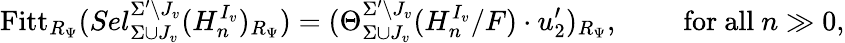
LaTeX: \mathrm{Fitt}_{R_{\Psi}}(Sel_{\Sigma\cup J_{v}}^{\Sigma^{\prime}\setminus J_{v}}(H_{n}^{I_{v}})_{R_{\Psi}})=(\Theta_{\Sigma\cup J_{v}}^{\Sigma^{\prime}\setminus J_{v}}(H_{n}^{I_{v}}/F)\cdot u_{2}^{\prime})_{R_{\Psi}},\qquad\mathrm{~for~all~}n\gg 0,